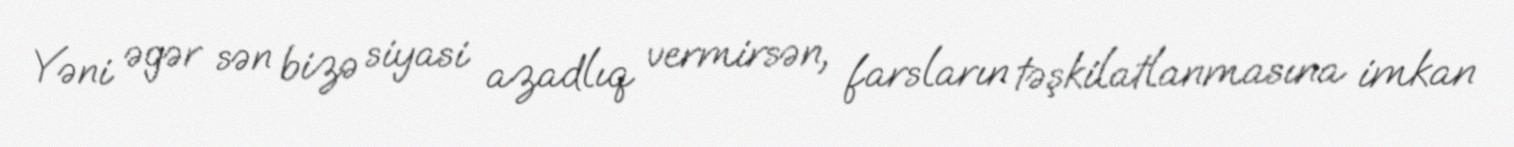
Yəni əgər sən bizə siyasi azadlıq vermirsən, farsların təşkilatlanmasına imkan